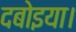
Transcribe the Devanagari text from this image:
दबोइया।